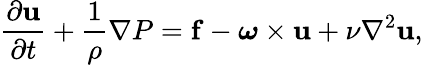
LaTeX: \frac{\partial\mathbf{u}}{\partial t}+\frac{1}{\rho}\nabla P=\mathbf{f}-\boldsymbol\omega\times\mathbf{u}+\nu\nabla^{2}\mathbf{u},